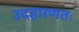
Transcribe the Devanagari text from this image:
उदहारणतः